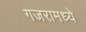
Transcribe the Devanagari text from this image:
गजरामध्ये